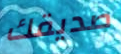
صديقك